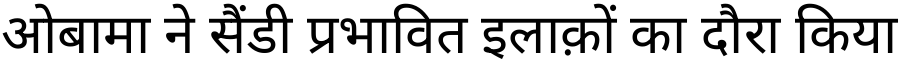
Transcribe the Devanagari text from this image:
ओबामा ने सैंडी प्रभावित इलाक़ों का दौरा किया